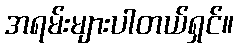
အရမ်းများပါတယ်ရှင်။